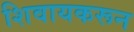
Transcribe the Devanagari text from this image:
शिवायकरून